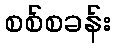
စစ်စခန်း